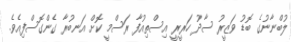
ލުބްނާނުގެ ބޮޑު ވަޒީރު ސާދު ހަރީރީ އިސްތިއުފާ ރަސްމީ ކޮށް އަނބުރާ ގެންގޮސްފިއެވެ.